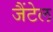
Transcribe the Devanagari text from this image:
जैंटेल